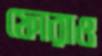
ফোরাও